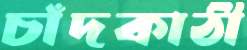
চাঁদকাঠী